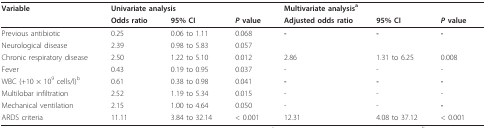
<table><thead><tr><td><b>Variable</b></td><td colspan="2"><b>Univariate analysis</b></td><td></td><td colspan="2"><b>Multivariate analysis<sup>a</sup></b></td><td></td></tr><tr><td></td><td><b>Odds ratio</b></td><td><b>95% CI</b></td><td><b><i>P </i>value</b></td><td><b>Adjusted odds ratio</b></td><td><b>95% CI</b></td><td><b><i>P </i>value</b></td></tr></thead><tbody><tr><td>Previous antibiotic</td><td>0.25</td><td>0.06 to 1.11</td><td>0.068</td><td><b>-</b></td><td><b>-</b></td><td><b>-</b></td></tr><tr><td>Neurological disease</td><td>2.39</td><td>0.98 to 5.83</td><td>0.057</td><td></td><td></td><td></td></tr><tr><td>Chronic respiratory disease</td><td>2.50</td><td>1.22 to 5.10</td><td>0.012</td><td>2.86</td><td>1.31 to 6.25</td><td>0.008</td></tr><tr><td>Fever</td><td>0.43</td><td>0.19 to 0.95</td><td>0.037</td><td>-</td><td>-</td><td>-</td></tr><tr><td>WBC (+10 × 10<sup>9 </sup>cells/l)<sup>b</sup></td><td>0.61</td><td>0.38 to 0.98</td><td>0.041</td><td><b>-</b></td><td><b><i>-</i></b></td><td><b>-</b></td></tr><tr><td>Multilobar infiltration</td><td>2.52</td><td>1.19 to 5.34</td><td>0.015</td><td>-</td><td>-</td><td>-</td></tr><tr><td>Mechanical ventilation</td><td>2.15</td><td>1.00 to 4.64</td><td>0.050</td><td>-</td><td>-</td><td><b>-</b></td></tr><tr><td>ARDS criteria</td><td>11.11</td><td>3.84 to 32.14</td><td>&lt; 0.001</td><td>12.31</td><td>4.08 to 37.12</td><td>&lt; 0.001</td></tr></tbody></table>